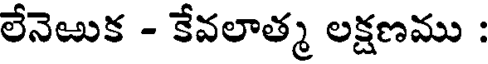
లేనెఱుక - కేవలాత్మ లక్షణము :